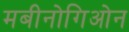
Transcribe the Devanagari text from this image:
मबीनोगिओन